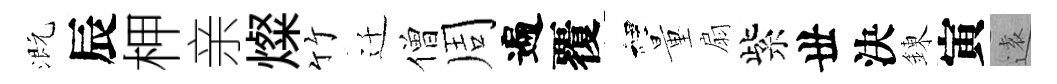
溉辰柙亲燦竹迁僧周遍覆裡量扇紫丗決錬寅逺